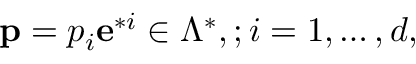
{ \bf p } = p _ { i } { \bf e } ^ { * i } \in \Lambda ^ { * } , ; i = 1 , \dots , d ,